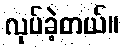
လုပ်ခဲ့တယ်။